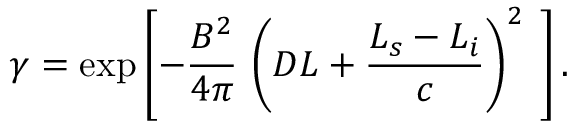
\gamma = \exp \left[ - \frac { B ^ { 2 } } { 4 \pi } \, \left( D L + \frac { L _ { s } - L _ { i } } { c } \right) ^ { 2 } \frac { } { } \right] .